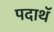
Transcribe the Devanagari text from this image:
पदाथॅ